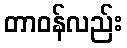
တာဝန်လည်း